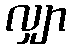
လျှာ